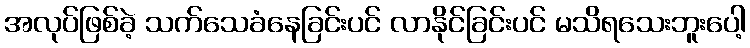
အလုပ်ဖြစ်ခဲ့ သက်သေခံနေခြင်းပင် လာနိုင်ခြင်းပင် မသိရသေးဘူးပေါ့